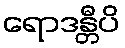
ရောဒန္တီပိ